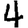
Digit: 4